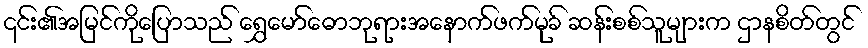
၎င်း၏အမြင်ကိုပြောသည် ရွှေမော်ဓောဘုရားအနောက်ဖက်မုခ် ဆန်းစစ်သူများက ဌာနစိတ်တွင်